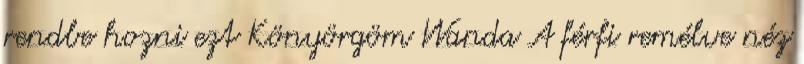
rendbe hozni ezt Könyörgöm Wanda A férfi remélve néz